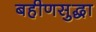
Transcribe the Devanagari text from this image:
बहीणसुद्धा